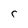
Character: r